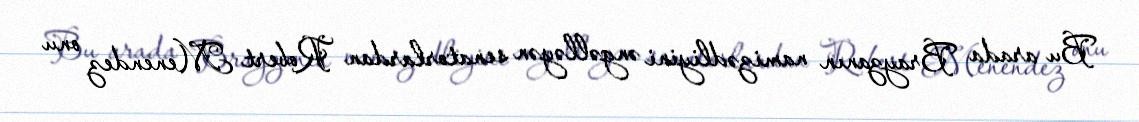
Bu arada Brayzanın namizədliyini əngəlləyən senatorlardan Robert Menendez onu